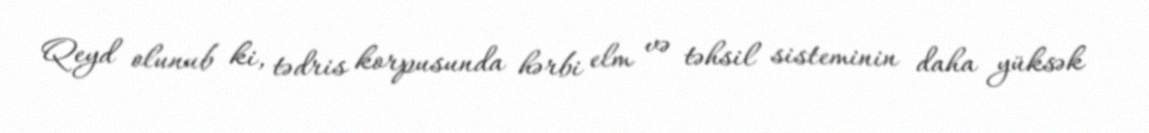
Qeyd olunub ki, tədris korpusunda hərbi elm və təhsil sisteminin daha yüksək